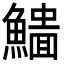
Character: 𩻨